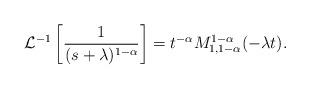
LaTeX: \begin{align*}\mathcal{L}^{-1}\left[\frac{1}{(s+\lambda)^{1-\alpha}}\right]=t^{-\alpha} M^{1-\alpha}_{1, 1-\alpha}(-\lambda t).\end{align*}